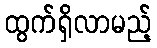
ထွက်ရှိလာမည့်